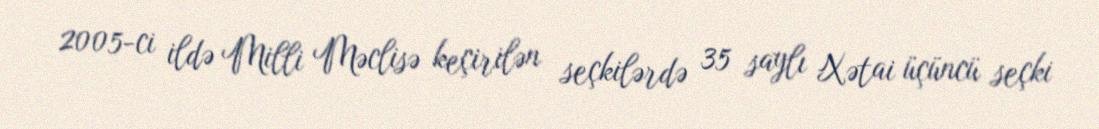
2005-ci ildə Milli Məclisə keçirilən seçkilərdə 35 saylı Xətai üçüncü seçki